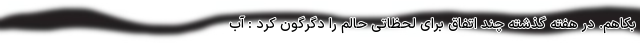
بکاهم. در هفته گذشته چند اتفاق برای لحظاتی حالم را دگرگون کرد : آب